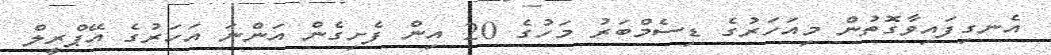
އެނގިފައިވާގޮތުން މިއަހަރުގެ ޑިސެމްބަރު މަހުގެ 20 އިން ފެށިގެން އަންނަ އަހަރުގެ އޭޕްރީލް